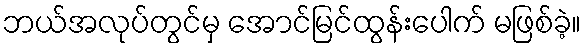
ဘယ်အလုပ်တွင်မှ အောင်မြင်ထွန်းပေါက် မဖြစ်ခဲ့။